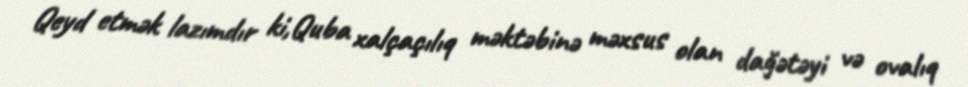
Qeyd etmək lazımdır ki,Quba xalçaçılıq məktəbinə məxsus olan dağətəyi və ovalıq